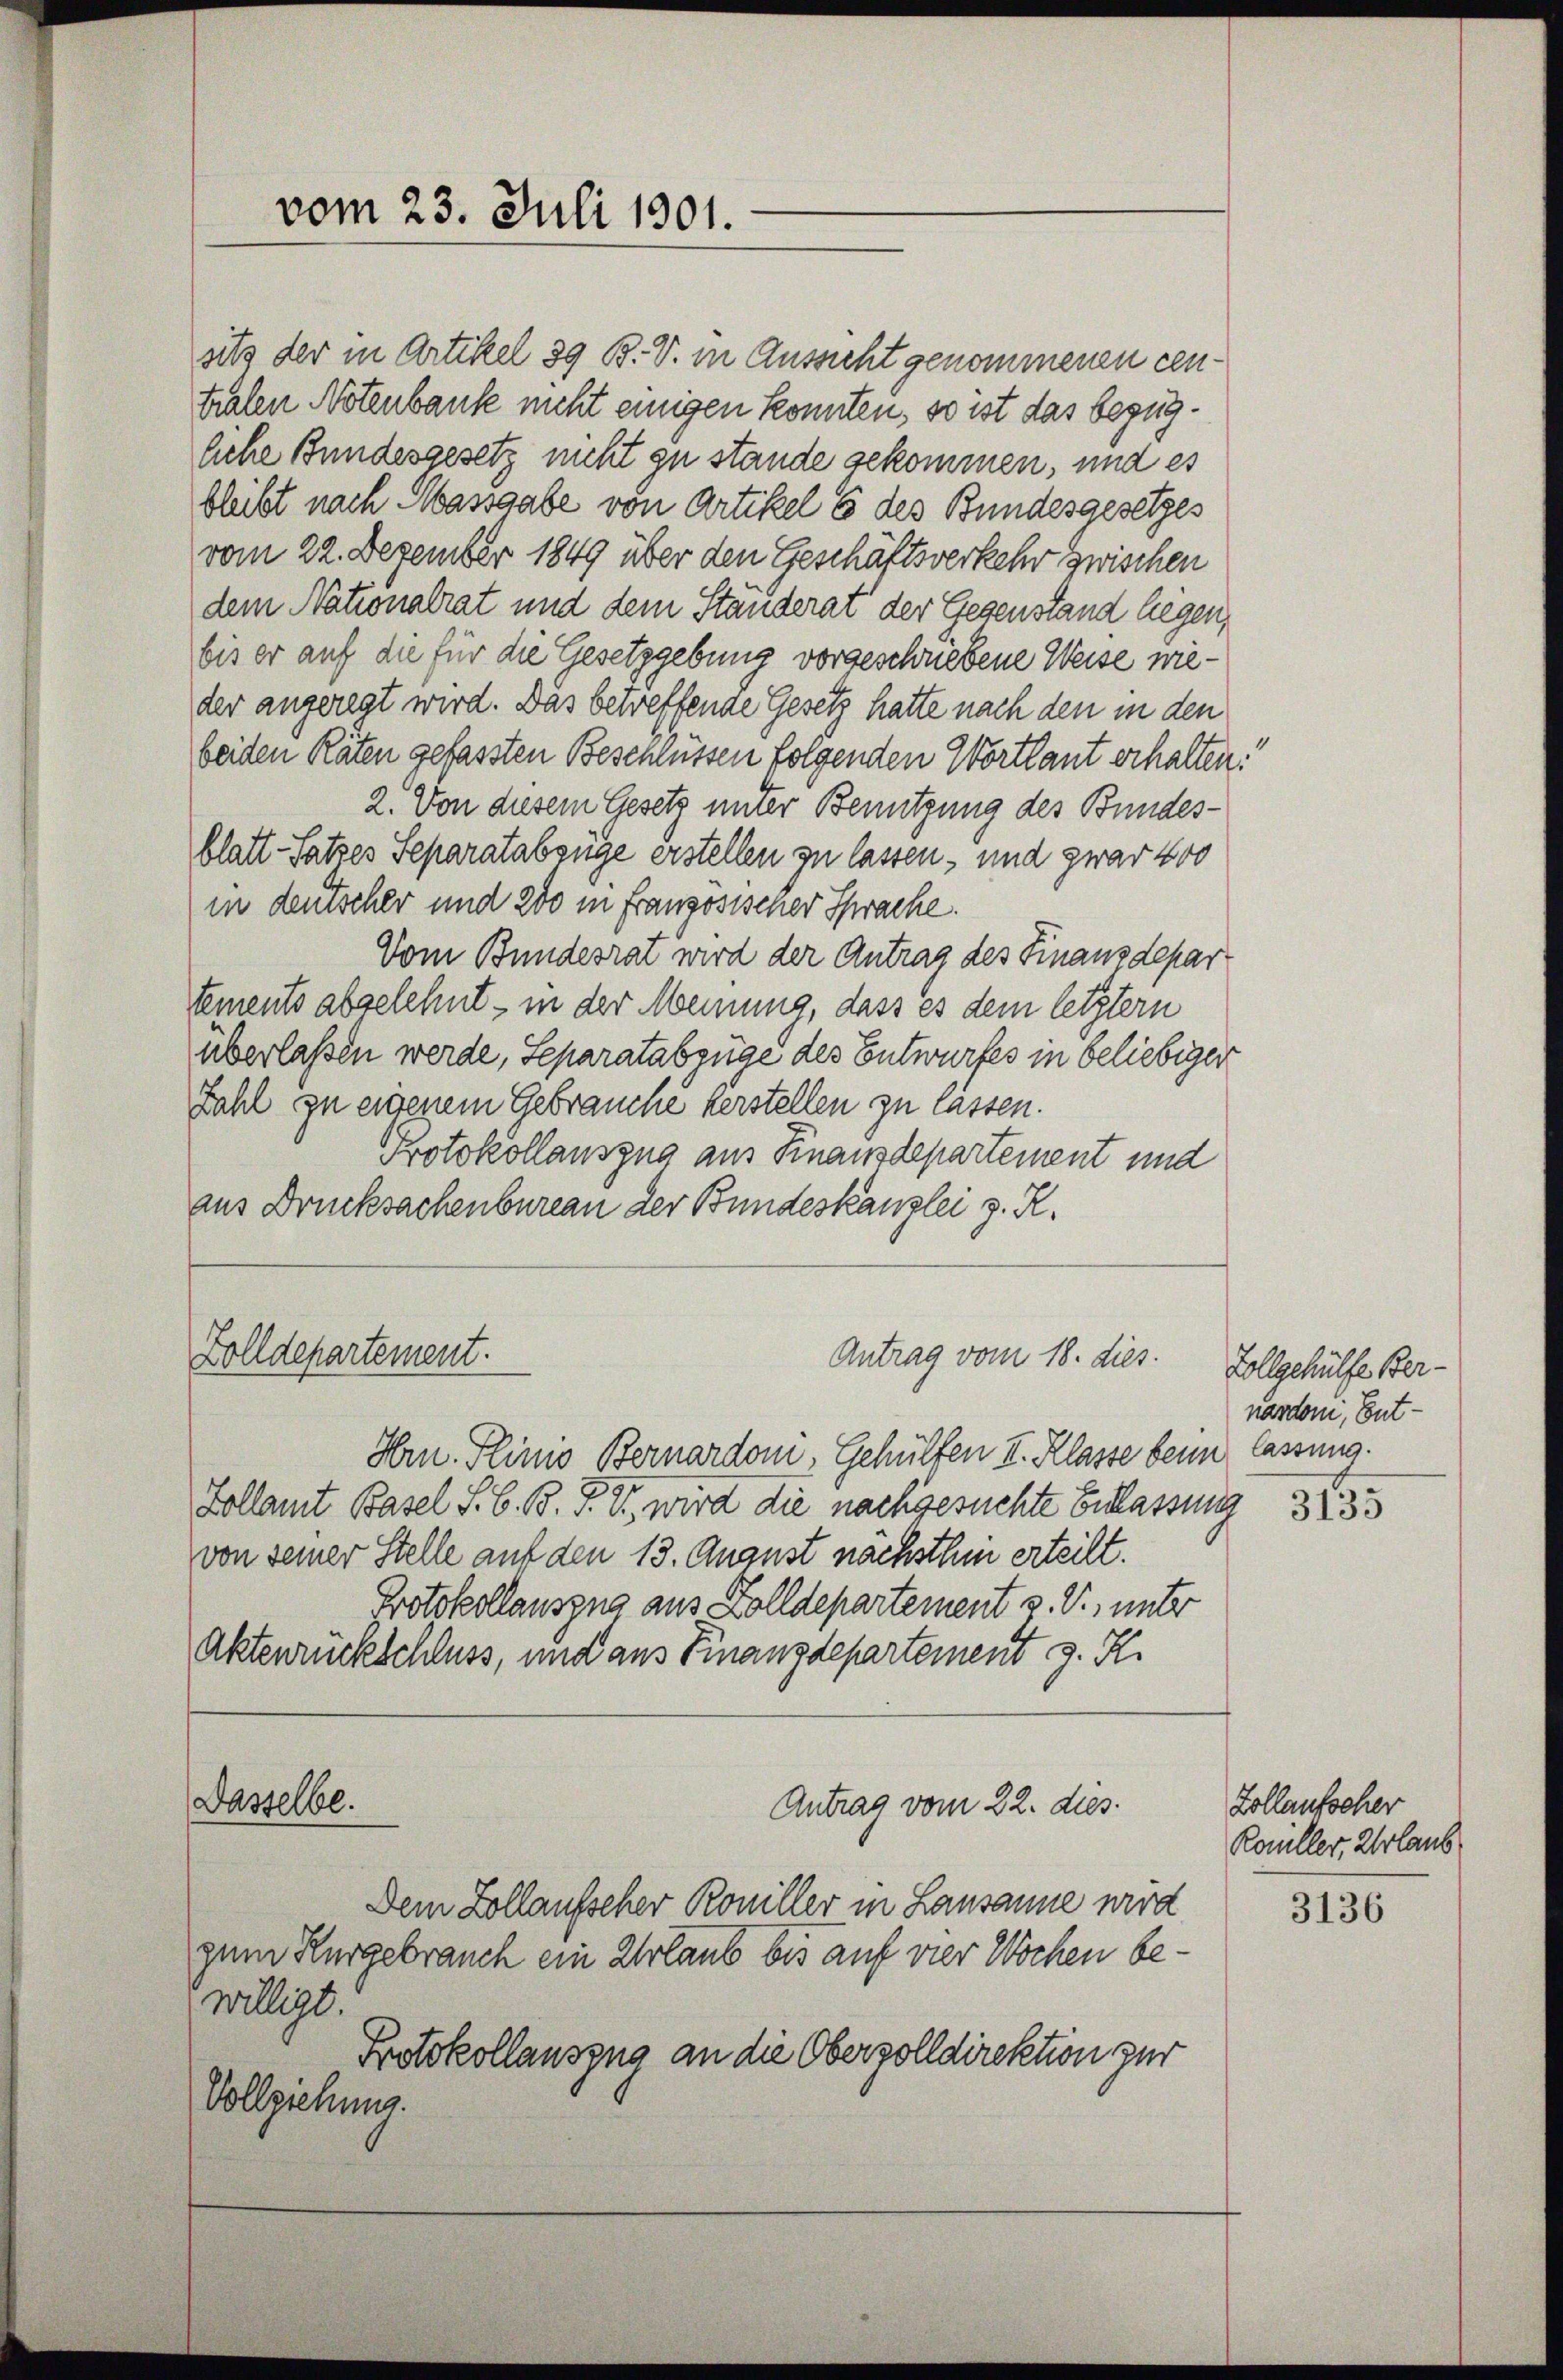
sitz der in Artikel 39 B. V. in Aussicht genommenen centralen Notenbank nicht einigen konnten, so ist das bezügliche Bundesgesetz nicht zu stände gekommen, und es
bleibt nach Massgabe von Artikel 6 des Bundesgesetzes
vom 22. Dezember 1849 über den Geschäftsverkehr zwischen
dem Nationalrat und dem Standerat der Gegenstand liegen,
bis er auf die für die Gesetzgebung vorgeschriebene Weise nieder angeregt wird. Das betreffende Gesetz hatte nach den in den
beiden Räten gefassten Bescheussen folgenden Wortlaut erhalten.
2. Von diesem Gesetz unter Benutzung des Bundes-
blatt-Satzes Separatabzüge erstellen zu lassen, und zwar 400
in denscher und 200 in franzosischer Sprache.
Vom Bundesrat wird der Antrag des Finanzdepartements abgelehnt – in der Meinung, dass es dem letztern
überlassen werde, Separatabzüge des Entwurfes in beliebiger
Zahl zu eigenem Gebrauche verstellen zu lassen.
Protokollauszug aus Finanzdepartement und
aus Drucksachenbureau der Bundeskanzlei z. R.
Zolldepartement.
Antrag vom 18. dies.
Hrn. Plinio Bernardom, Gehülfen II. Klasse beim lassung.
Zollamt Basel S. G. B. P. V., wird die nachgesuchte Entlassung 3235
von seiner Stelle auf den 13. August nächsthin erteilt.
Protokollauszug aus Zolldepartement v. V., unter
Aktenrückschluss, und aus Finanzdepartement z. R.
Dasselbe.
Antrag vom 22. dies
Dem Zollaufscher Koniller in Lausanne wird
zum Kurgebrauch ein Urlaub bis auf vier Wochen bewilligt.
Protokollauszug an die Oberzolldirektion zur
Vollziehung.

vom 23. Juli 1901.

Zollgehülfe Bernardoni, Ent¬

Zollaufscher
Koniller, Urlaub

3136